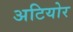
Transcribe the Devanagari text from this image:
अटियोर